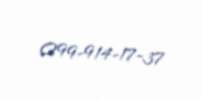
099-914-17-37